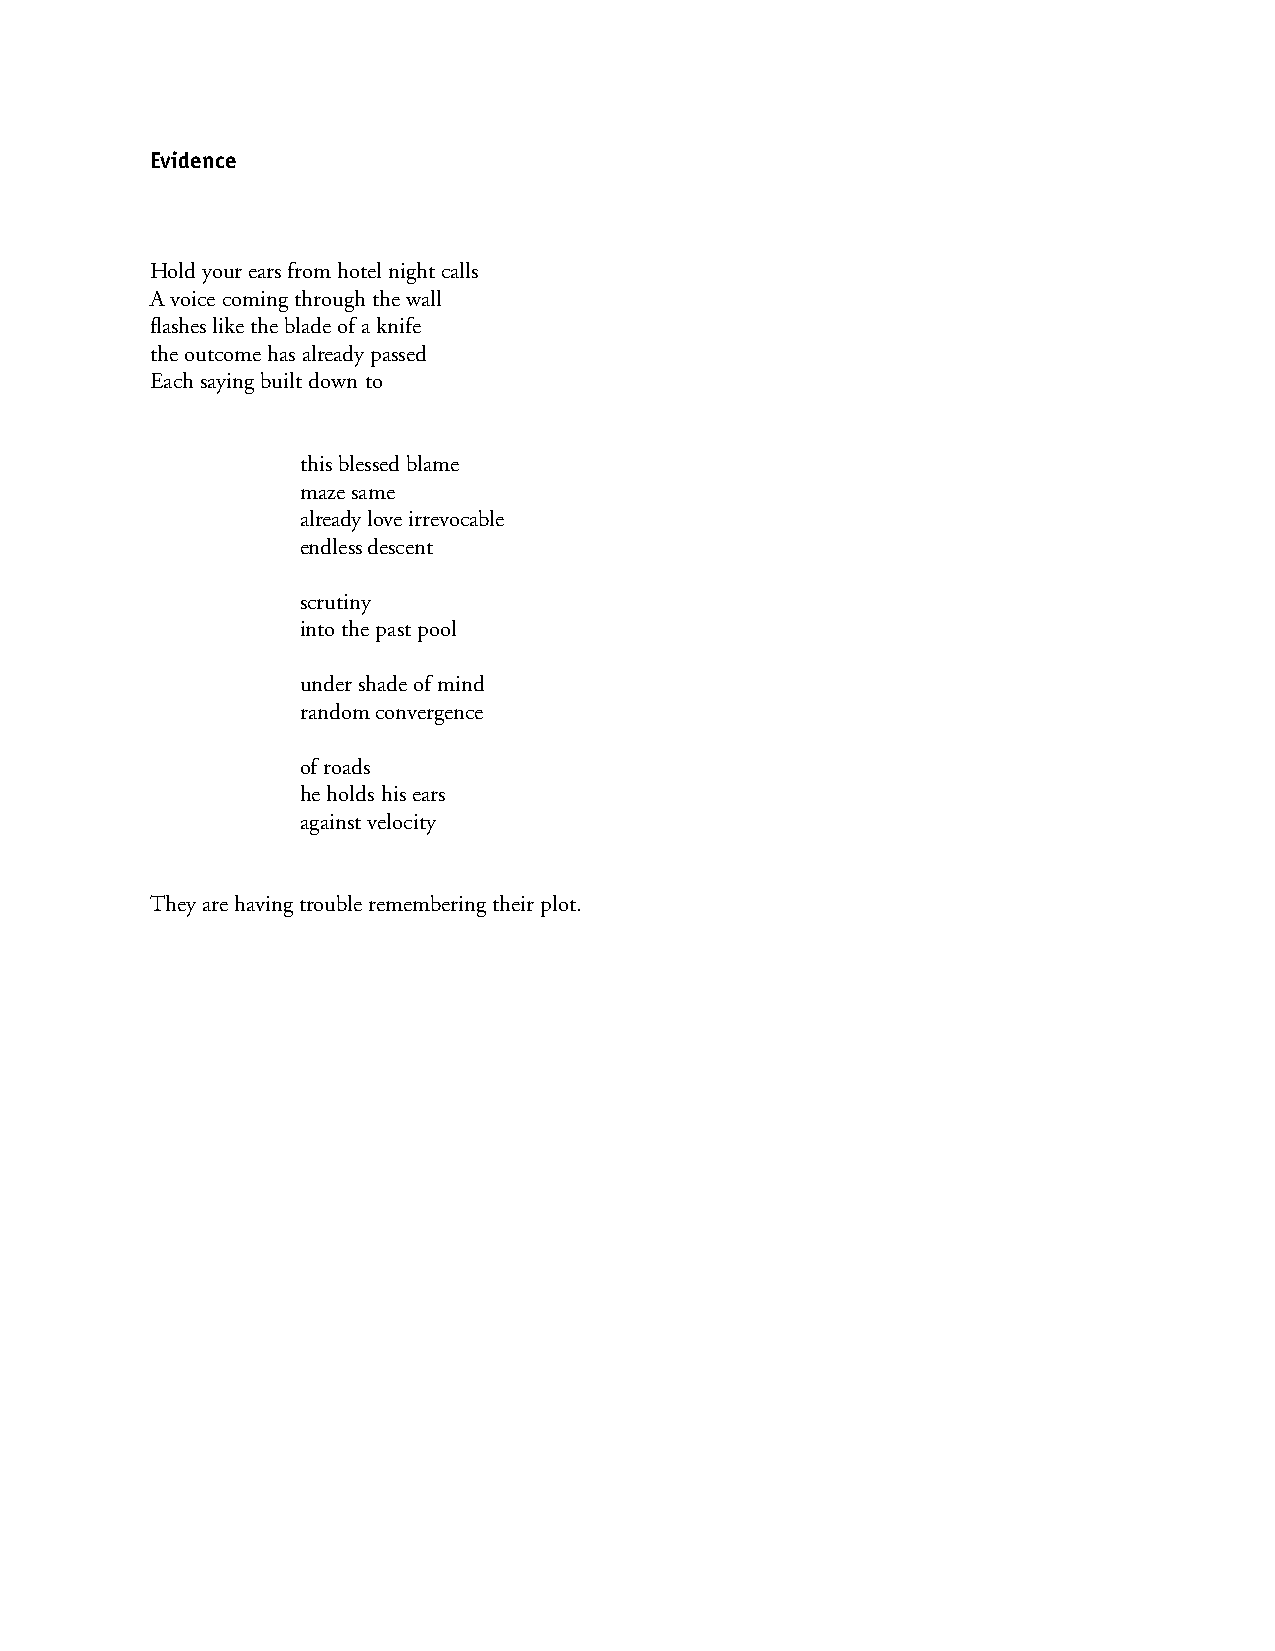
Evidence
 Hold your ears from hotel night calls
 A voice coming through the wall
 flashes like the blade of a knife
 the outcome has already passed
 Each saying built down to
 this blessed blame
 maze same
 already love irrevocable
 endless descent
 scrutiny
 into the past pool
 under shade of mind
 random convergence
 of roads
 he holds his ears
 against velocity
 They are having trouble remembering their plot.